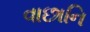
વાછાનિ